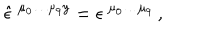
LaTeX: \hat { \epsilon } ^ { \ \mu _ { 0 } \ldots \mu _ { 9 } y } = \epsilon ^ { \ \mu _ { 0 } \ldots \mu _ { 9 } } \, ,